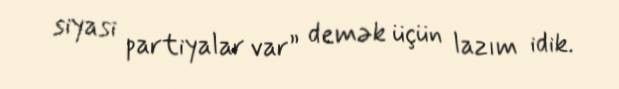
siyasi partiyalar var” demək üçün lazım idik.